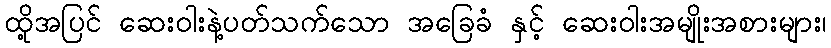
ထို့အပြင် ဆေးဝါးနဲ့ပတ်သက်သော အခြေခံ နှင့် ဆေးဝါးအမျိုးအစားများ၊